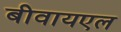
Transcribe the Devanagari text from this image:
बीवायएल